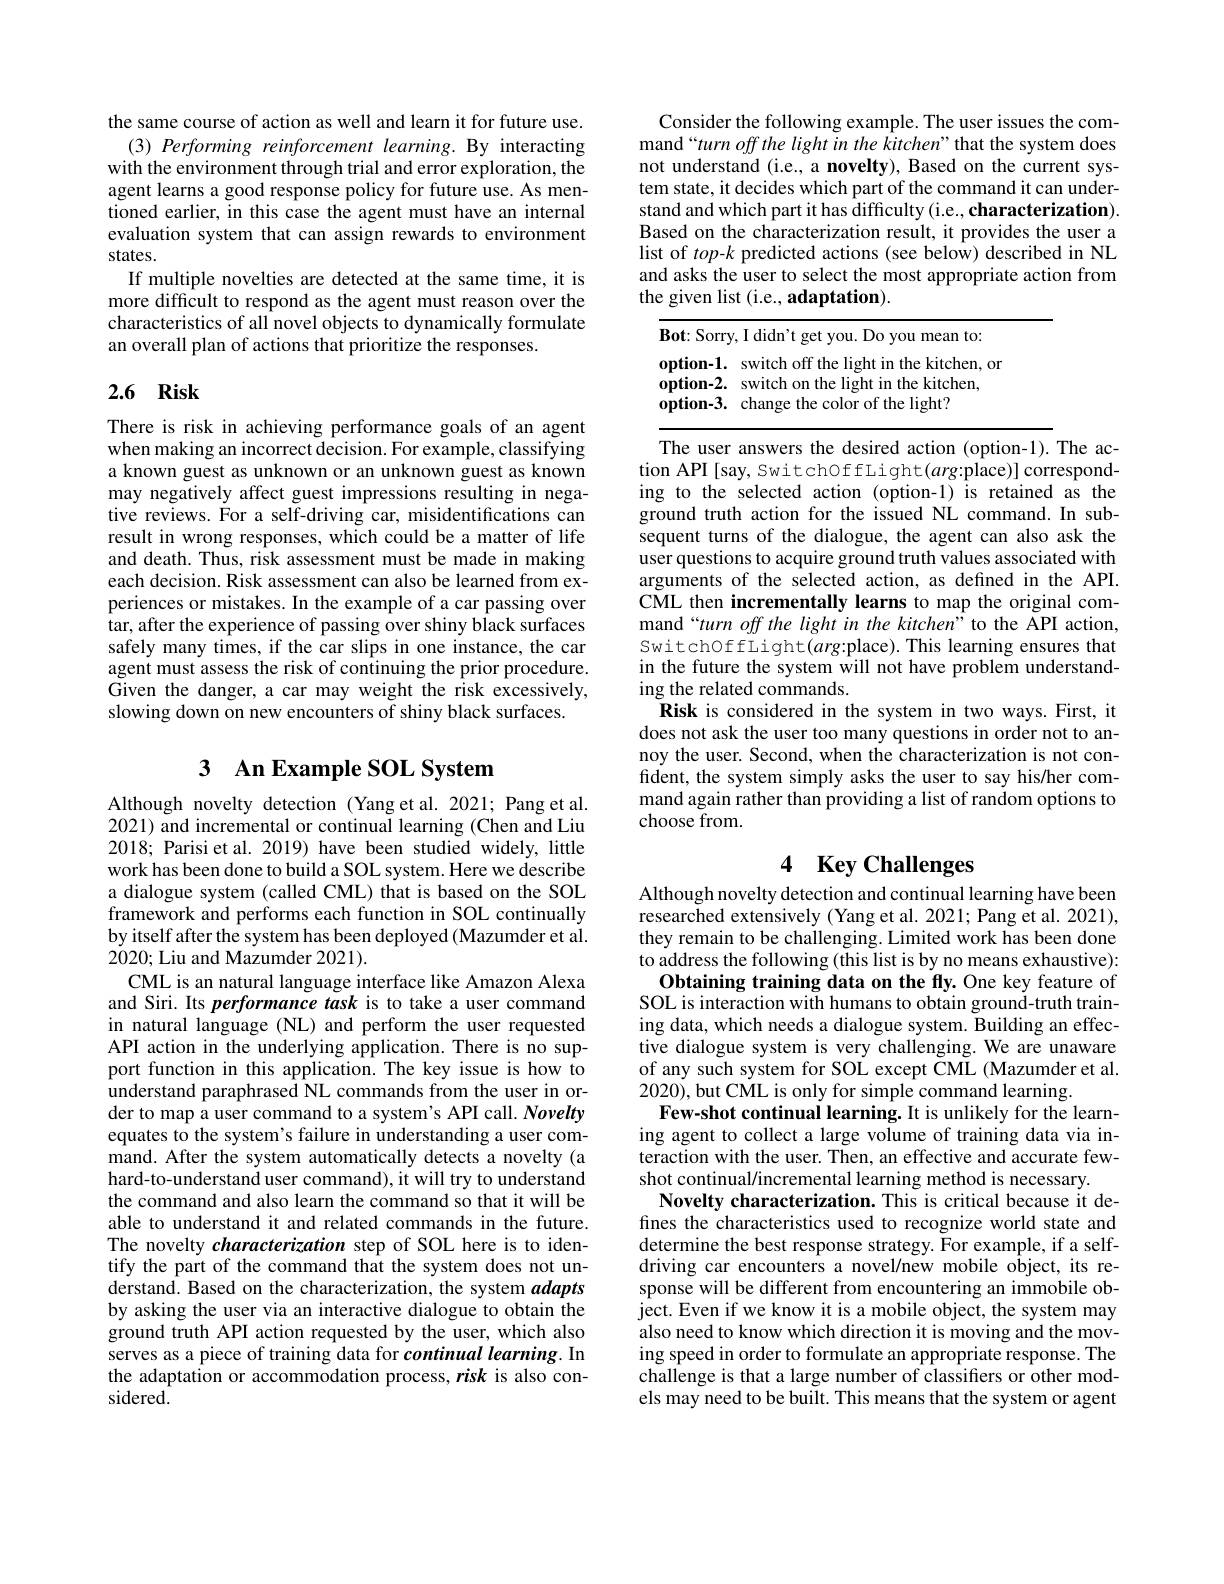
the same course of action as well and learn it for future use.
$( 3) \textit{ Performing reinforcement learning. By interacting}$ with the environment through trial and error exploration, the agent learns a good response policy for future use. As mentioned earlier, in this case the agent must have an internal evaluation system that can assign rewards to environment states.
If multiple novelties are detected at the same time, it is more difficult to respond as the agent must reason over the characteristics of all novel objects to dynamically formulate an overall plan of actions that prioritize the responses.

## 2.6 Risk

There is risk in achieving performance goals of an agent when making an incorrect decision. For example, classifying a known guest as unknown or an unknown guest as known may negatively affect guest impressions resulting in negative reviews. For a self-driving car, misidentifications can result in wrong responses, which could be a matter of life and death. Thus, risk assessment must be made in making each decision. Risk assessment can also be learned from experiences or mistakes. In the example of a car passing over tar, after the experience of passing over shiny black surfaces safely many times, if the car slips in one instance, the car agent must assess the risk of continuing the prior procedure. Given the danger, a car may weight the risk excessively, slowing down on new encounters of shiny black surfaces.

## 3 $\textbf{An Example SOL System}$

Although novelty detection (Yang et al.2021; Pang et al. 2021) and incremental or continual learning (Chen and Liu 2018; Parisi et al. 2019) have been studied widely, little work has been done to build a SOL system. Here we describe a dialogue system (called CML) that is based on the SOL framework and performs each function in SOL continually by itself after the system has been deployed (Mazumder et al. 2020; Liu and Mazumder 2021).
CML is an natural language interface like Amazon Alexa and Siri. Its performance task is to take a user command in natural language (NL) and perform the user requested API action in the underlying application. There is no support function in this application. The key issue is how to understand paraphrased NL commands from the user in order to map a user command to a system's API call. Novelty equates to the system's failure in understanding a user command. After the system automatically detects a novelty (a hard-to-understand user command), it will try to understand the command and also learn the command so that it will be able to understand it and related commands in the future. The novelty characterization step of SOL here is to identify the part of the command that the system does not understand. Based on the characterization, the system adapts by asking the user via an interactive dialogue to obtain the ground truth API action requested by the user, which also serves as a piece of training data for continual learning. In the adaptation or accommodation process, risk is also considered.

Consider the following example. The user issues the command“turn off the light in the kitchen”that the system does not understand (i.e., a novelty), Based on the current system state, it decides which part of the command it can understand and which part it has difficulty (i.e., characterization). Based on the characterization result, it provides the user a list of top-$k$ predicted actions (see below) described in NL and asks the user to select the most appropriate action from the given list (i.e., adaptation).

<table>
	<tbody>
		<tr>
			<td>$\mathbf{B}_{0}\mathbf{t}\colon$Sorry</td>
			<td>,I didn't get you. Do you mean to:</td>
		</tr>
		<tr>
			<td>$0ption-1.$</td>
			<td>switch off the light in the kitchen, or</td>
		</tr>
		<tr>
			<td>$0ption-2.$</td>
			<td>switch on the light in the kitchen,</td>
		</tr>
		<tr>
			<td>$0ption-3.$</td>
			<td>change the color of the light?</td>
		</tr>
	</tbody>
</table>

The user answers the desired action (option-1).The action API [say, SwitchOffLight(arg:place)] corresponding to the selected action (option-1) is retained as the ground truth action for the issued NL command.In subsequent turns of the dialogue, the agent can also ask the user questions to acquire ground truth values associated with arguments of the selected action, as defined in the API. CML then incrementally learns to map the original command“turn off the light in the kitchen” to the API action, SwitchOffLight$(arg:$place). This learning ensures that in the future the system will not have problem understanding the related commands.
Risk is considered in the system in two ways. First, it does not ask the user too many questions in order not to annoy the user. Second, when the characterization is not confident, the system simply asks the user to say his/her command again rather than providing a list of random options to choose from.

# 4 Key Challenges

Although novelty detection and continual learning have been researched extensively (Yang et al. 2021; Pang et al. 2021), they remain to be challenging. Limited work has been done to address the following (this list is by no means exhaustive):
Obtaining training data on the fly. One key feature of SOL is interaction with humans to obtain ground-truth training data, which needs a dialogue system. Building an effective dialogue system is very challenging. We are unaware of any such system for SOL except CML (Mazumder et al. 2020), but CML is only for simple command learning
Few-shot continual learning. It is unlikely for the learning agent to collect a large volume of training data via interaction with the user. Then, an effective and accurate fewshot continual/incremental learning method is necessary.
Novelty characterization. This is critical because it defines the characteristics used to recognize world state and determine the best response strategy. For example, if a selfdriving car encounters a novel/new mobile object, its response will be different from encountering an immobile object. Even if we know it is a mobile object, the system may also need to know which direction it is moving and the moving speed in order to formulate an appropriate response. The challenge is that a large number of classifiers or other models may need to be built. This means that the system or agent